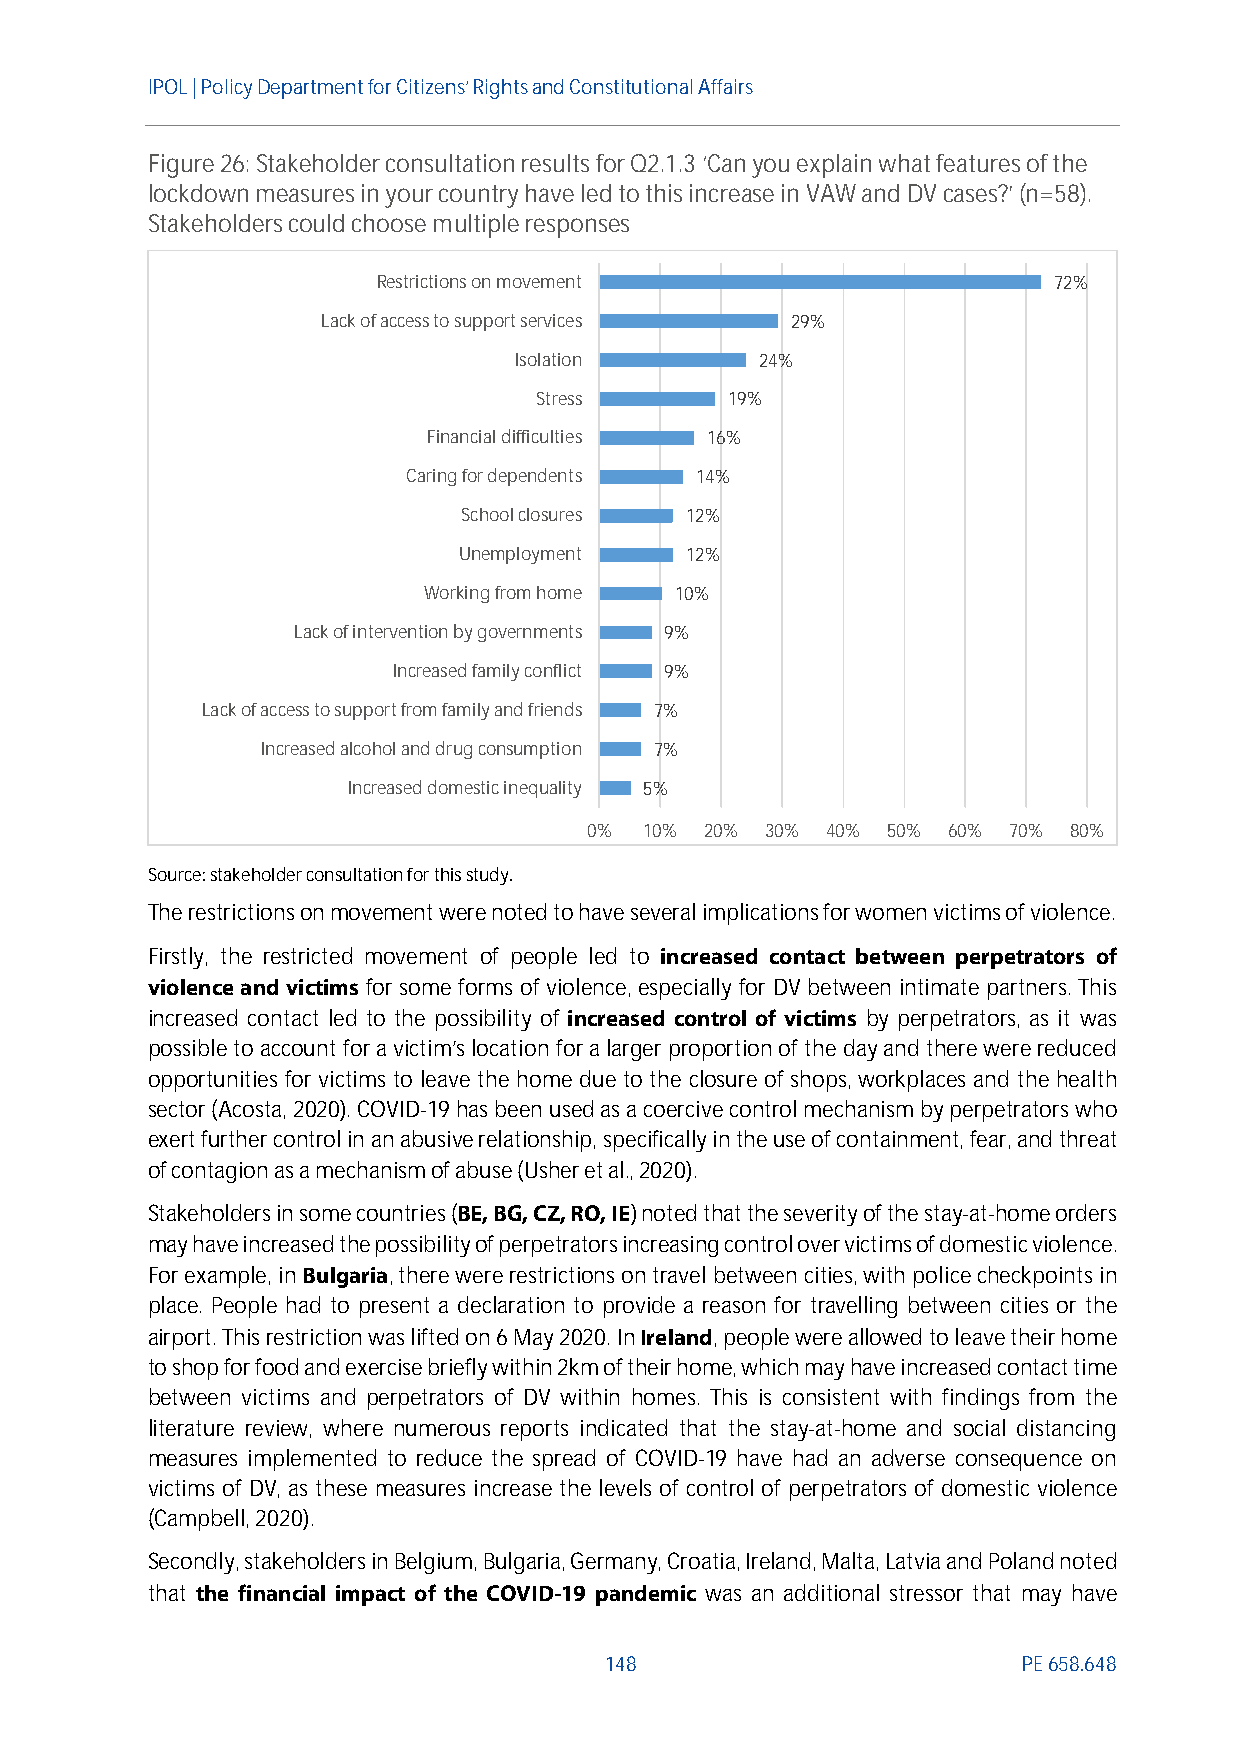
IPOL | Policy Departmentfor Citizens’ Rights and Constitutional Affairs
 Figure26:Stakeholder consultation results for Q2.1.3‘Can you explain what features of the
 lockdown measures in your country have led to this increase in VAW andDVcases?’(n=58).
 Stakeholders could choose multipleresponses
 Restrictions on movement                     72%
 Lack of access to support services 29%
 Isolation       24%
 Stress       19%
 Financial difficulties 16%
 Caring for dependents 14%
 School closures 12%
 Unemployment   12%
 Working from home 10%
 Lack of intervention by governments 9%
 Increased family conflict 9%
 Lack of access to support from family and friends 7%
 Increased alcohol and drug consumption 7%
 Increased domestic inequality 5%
 0%  10% 20% 30% 40% 50% 60% 70% 80%
 Source: stakeholderconsultationfor this study.
 The restrictions onmovement were noted to have several implications for women victims of violence.
 Firstly, the restricted movement of people led to increased contact between perpetrators of
 violence and victims for some forms of violence, especially for DV between intimate partners. This
 increased contact led to the possibility of increased control of victims by perpetrators, as it was
 possible to account for a victim's location for a larger proportion of the day and there were reduced
 opportunities for victims to leave the home due to the closure of shops, workplaces and the health
 sector (Acosta, 2020). COVID-19 has been used as a coercive control mechanism by perpetrators who
 exert further control in an abusive relationship, specifically in the use of containment, fear, and threat
 of contagion as a mechanism of abuse (Usher et al., 2020).
 Stakeholders in some countries (BE, BG, CZ, RO, IE) noted that the severity of the stay-at-home orders
 may have increased the possibility of perpetrators increasing control over victims of domestic violence.
 For example, inBulgaria, there were restrictions on travel between cities, with police checkpoints in
 place. People had to present a declaration to provide a reason for travelling between cities or the
 airport. This restriction was lifted on 6 May 2020. InIreland, people were allowed to leave their home
 to shop for food and exercise briefly within 2km of their home, which may have increased contact time
 between victims and perpetrators of DV within homes. This is consistent with findings from the
 literature review, where numerous reports indicated that the stay-at-home and social distancing
 measures implemented to reduce the spread of COVID-19 have had an adverse consequence on
 victims of DV, as these measures increase the levels of control of perpetrators of domestic violence
 (Campbell, 2020).
 Secondly, stakeholders in Belgium, Bulgaria, Germany, Croatia, Ireland, Malta, Latvia and Poland noted
 that the financial impact of the COVID-19 pandemic was an additional stressor that may have
 148                         PE658.648